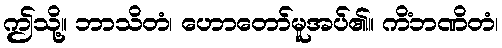
ဤသို့။ ဘာသိတံ၊ ဟောတော်မူအပ်၏။ ကိံဘဏိတံ၊